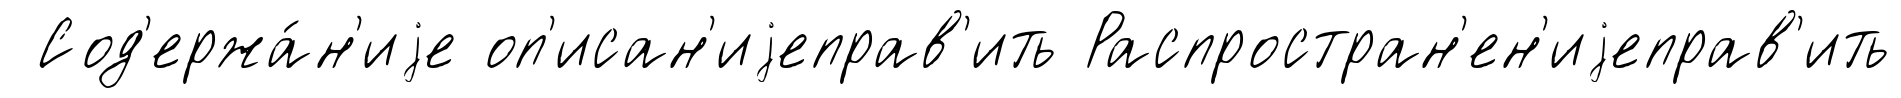
Сод'ержа́н'иjе оп'исан'иjеправ'ить Распростран'ен'иjеправ'ить